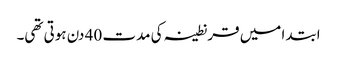
ابتدا میں قرنطینہ کی مدت 40 دن ہوتی تھی۔